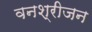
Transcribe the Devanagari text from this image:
वनश्रीजन